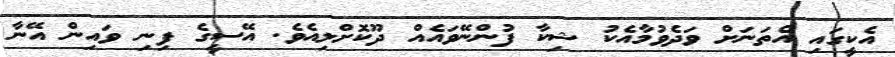
އެކީގައި އެތަަނަށް ވަދެވުމާއެކު ޝިކާ ފުންނޭވައެއް ދޫކޮށްލިއެވެ. އޭސީގެ ފިނި ވައިން އޭނާ